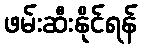
ဖမ်းဆီးနိုင်ရန်